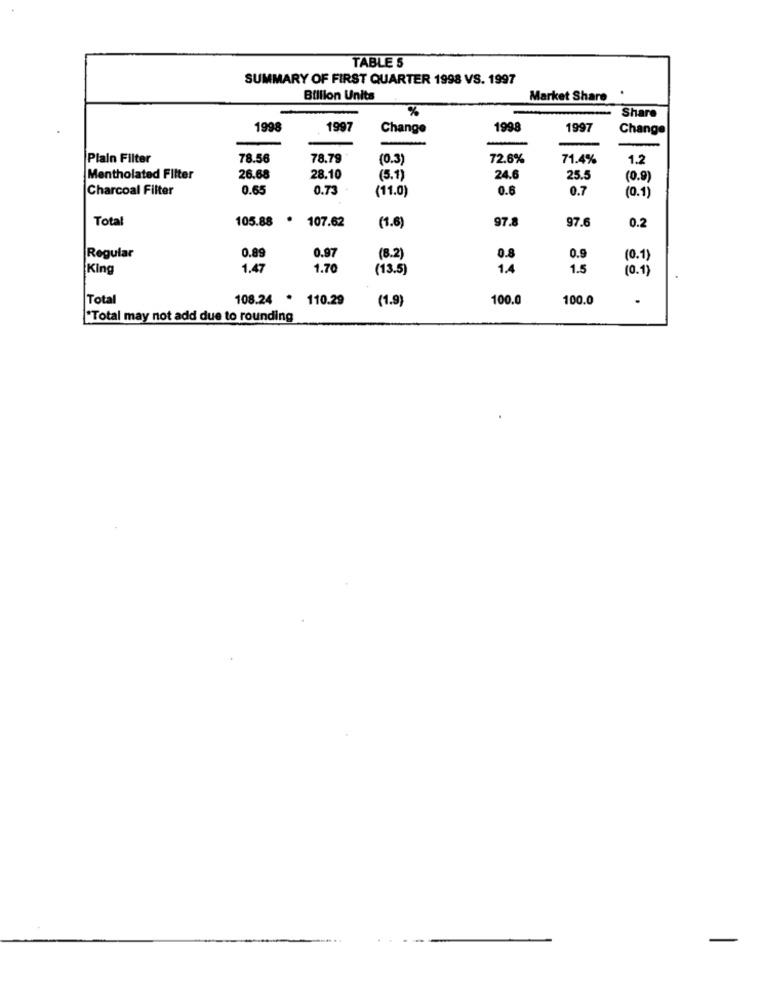
TABLE S
SUMMARY OF FIRST QUARTER 1998 VS. 1997
Billion Units
Market Share .
%
Share
1998
1997
Change
1998
1997
Change
Plain Filter
78.56
78.79
(0.3
72.6%
71.4%
1.2
Mentholated Filter
26.68
28.10
(5.1)
24.6
25.5
(0.9)
Charcoal Filter
0.65
0.73
(11.0)
0.6
0.7
(0.1)
Total
105.88
107.62
97.8
97.6
0.2
(1.6]
Regular
0.89
0.97
(8.2)
0.8
0.9
(0.1)
King
1.47
1.7
(13.5)
1.4
1.5
(0.1)
Total
108.24 * 110.29
(1.9)
100.0
100.0
.
"Total may not add due to rounding